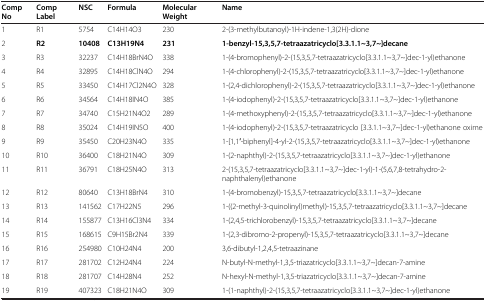
<table><thead><tr><td><b>Comp No</b></td><td><b>Comp Label</b></td><td><b>NSC</b></td><td><b>Formula</b></td><td><b>Molecular Weight</b></td><td><b>Name</b></td></tr></thead><tbody><tr><td>1</td><td>R1</td><td>5754</td><td>C14H14O3</td><td>230</td><td>2-(3-methylbutanoyl)-1H-indene-1,3(2H)-dione</td></tr><tr><td>2</td><td><b>R2</b></td><td><b>10408</b></td><td><b>C13H19N4</b></td><td><b>231</b></td><td><b>1-benzyl-15,3,5,7-tetraazatricyclo[3.3.1.1~3,7~]decane</b></td></tr><tr><td>3</td><td>R3</td><td>32237</td><td>C14H18BrN4O</td><td>338</td><td>1-(4-bromophenyl)-2-(15,3,5,7-tetraazatricyclo[3.3.1.1~3,7~]dec-1-yl)ethanone</td></tr><tr><td>4</td><td>R4</td><td>32895</td><td>C14H18ClN4O</td><td>294</td><td>1-(4-chlorophenyl)-2-(15,3,5,7-tetraazatricyclo[3.3.1.1~3,7~]dec-1-yl)ethanone</td></tr><tr><td>5</td><td>R5</td><td>33450</td><td>C14H17Cl2N4O</td><td>328</td><td>1-(2,4-dichlorophenyl)-2-(15,3,5,7-tetraazatricyclo[3.3.1.1~3,7~]dec-1-yl)ethanone</td></tr><tr><td>6</td><td>R6</td><td>34564</td><td>C14H18IN4O</td><td>385</td><td>1-(4-iodophenyl)-2-(15,3,5,7-tetraazatricyclo[3.3.1.1~3,7~]dec-1-yl)ethanone</td></tr><tr><td>7</td><td>R7</td><td>34740</td><td>C15H21N4O2</td><td>289</td><td>1-(4-methoxyphenyl)-2-(15,3,5,7-tetraazatricyclo[3.3.1.1~3,7~]dec-1-yl)ethanone</td></tr><tr><td>8</td><td>R8</td><td>35024</td><td>C14H19IN5O</td><td>400</td><td>1-(4-iodophenyl)-2-(15,3,5,7-tetraazatricyclo [3.3.1.1~3,7~]dec-1-yl)ethanone oxime</td></tr><tr><td>9</td><td>R9</td><td>35450</td><td>C20H23N4O</td><td>335</td><td>1-[1,1′-biphenyl]-4-yl-2-(15,3,5,7-tetraazatricyclo[3.3.1.1~3,7~]dec-1-yl)ethanone</td></tr><tr><td>10</td><td>R10</td><td>36400</td><td>C18H21N4O</td><td>309</td><td>1-(2-naphthyl)-2-(15,3,5,7-tetraazatricyclo[3.3.1.1~3,7~]dec-1-yl)ethanone</td></tr><tr><td>11</td><td>R11</td><td>36791</td><td>C18H25N4O</td><td>313</td><td>2-(15,3,5,7-tetraazatricyclo[3.3.1.1~3,7~]dec-1-yl)-1-(5,6,7,8-tetrahydro-2-naphthalenyl)ethanone</td></tr><tr><td>12</td><td>R12</td><td>80640</td><td>C13H18BrN4</td><td>310</td><td>1-(4-bromobenzyl)-15,3,5,7-tetraazatricyclo[3.3.1.1~3,7~]decane</td></tr><tr><td>13</td><td>R13</td><td>141562</td><td>C17H22N5</td><td>296</td><td>1-((2-methyl-3-quinolinyl)methyl)-15,3,5,7-tetraazatricyclo[3.3.1.1~3,7~]decane</td></tr><tr><td>14</td><td>R14</td><td>155877</td><td>C13H16Cl3N4</td><td>334</td><td>1-(2,4,5-trichlorobenzyl)-15,3,5,7-tetraazatricyclo[3.3.1.1~3,7~]decane</td></tr><tr><td>15</td><td>R15</td><td>168615</td><td>C9H15Br2N4</td><td>339</td><td>1-(2,3-dibromo-2-propenyl)-15,3,5,7-tetraazatricyclo[3.3.1.1~3,7~]decane</td></tr><tr><td>16</td><td>R16</td><td>254980</td><td>C10H24N4</td><td>200</td><td>3,6-dibutyl-1,2,4,5-tetraazinane</td></tr><tr><td>17</td><td>R17</td><td>281702</td><td>C12H24N4</td><td>224</td><td>N-butyl-N-methyl-1,3,5-triazatricyclo[3.3.1.1~3,7~]decan-7-amine</td></tr><tr><td>18</td><td>R18</td><td>281707</td><td>C14H28N4</td><td>252</td><td>N-hexyl-N-methyl-1,3,5-triazatricyclo[3.3.1.1~3,7~]decan-7-amine</td></tr><tr><td>19</td><td>R19</td><td>407323</td><td>C18H21N4O</td><td>309</td><td>1-(1-naphthyl)-2-(15,3,5,7-tetraazatricyclo[3.3.1.1~3,7~]dec-1-yl)ethanone</td></tr></tbody></table>